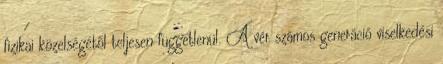
fizikai közelségétől teljesen függetlenül. A vér számos generáció viselkedési